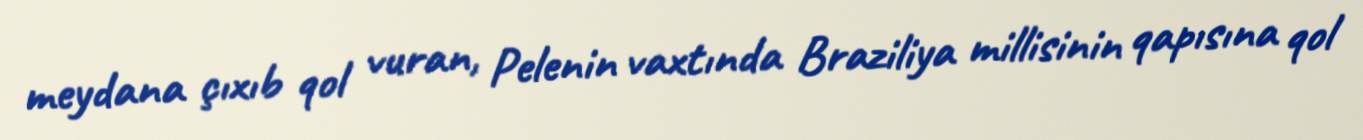
meydana çıxıb qol vuran, Pelenin vaxtında Braziliya millisinin qapısına qol